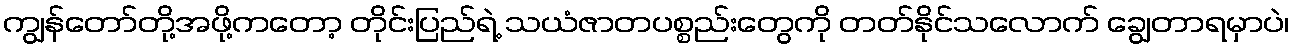
ကျွန်တော်တို့အဖို့ကတော့ တိုင်းပြည်ရဲ့ သယံဇာတပစ္စည်းတွေကို တတ်နိုင်သလောက် ချွေတာရမှာပဲ၊